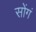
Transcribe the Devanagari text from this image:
सोंगं